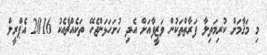
މި މަޤާމަށް ކުރިމަތިލާ ފަރާތްތަކުން ވަޒީފާއަށް އެދި ހުށަހަޅަންޖެހޭ ތަކެއްޗާއެކު 2016 އެޕްރީލް